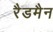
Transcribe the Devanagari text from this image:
रैडमैन